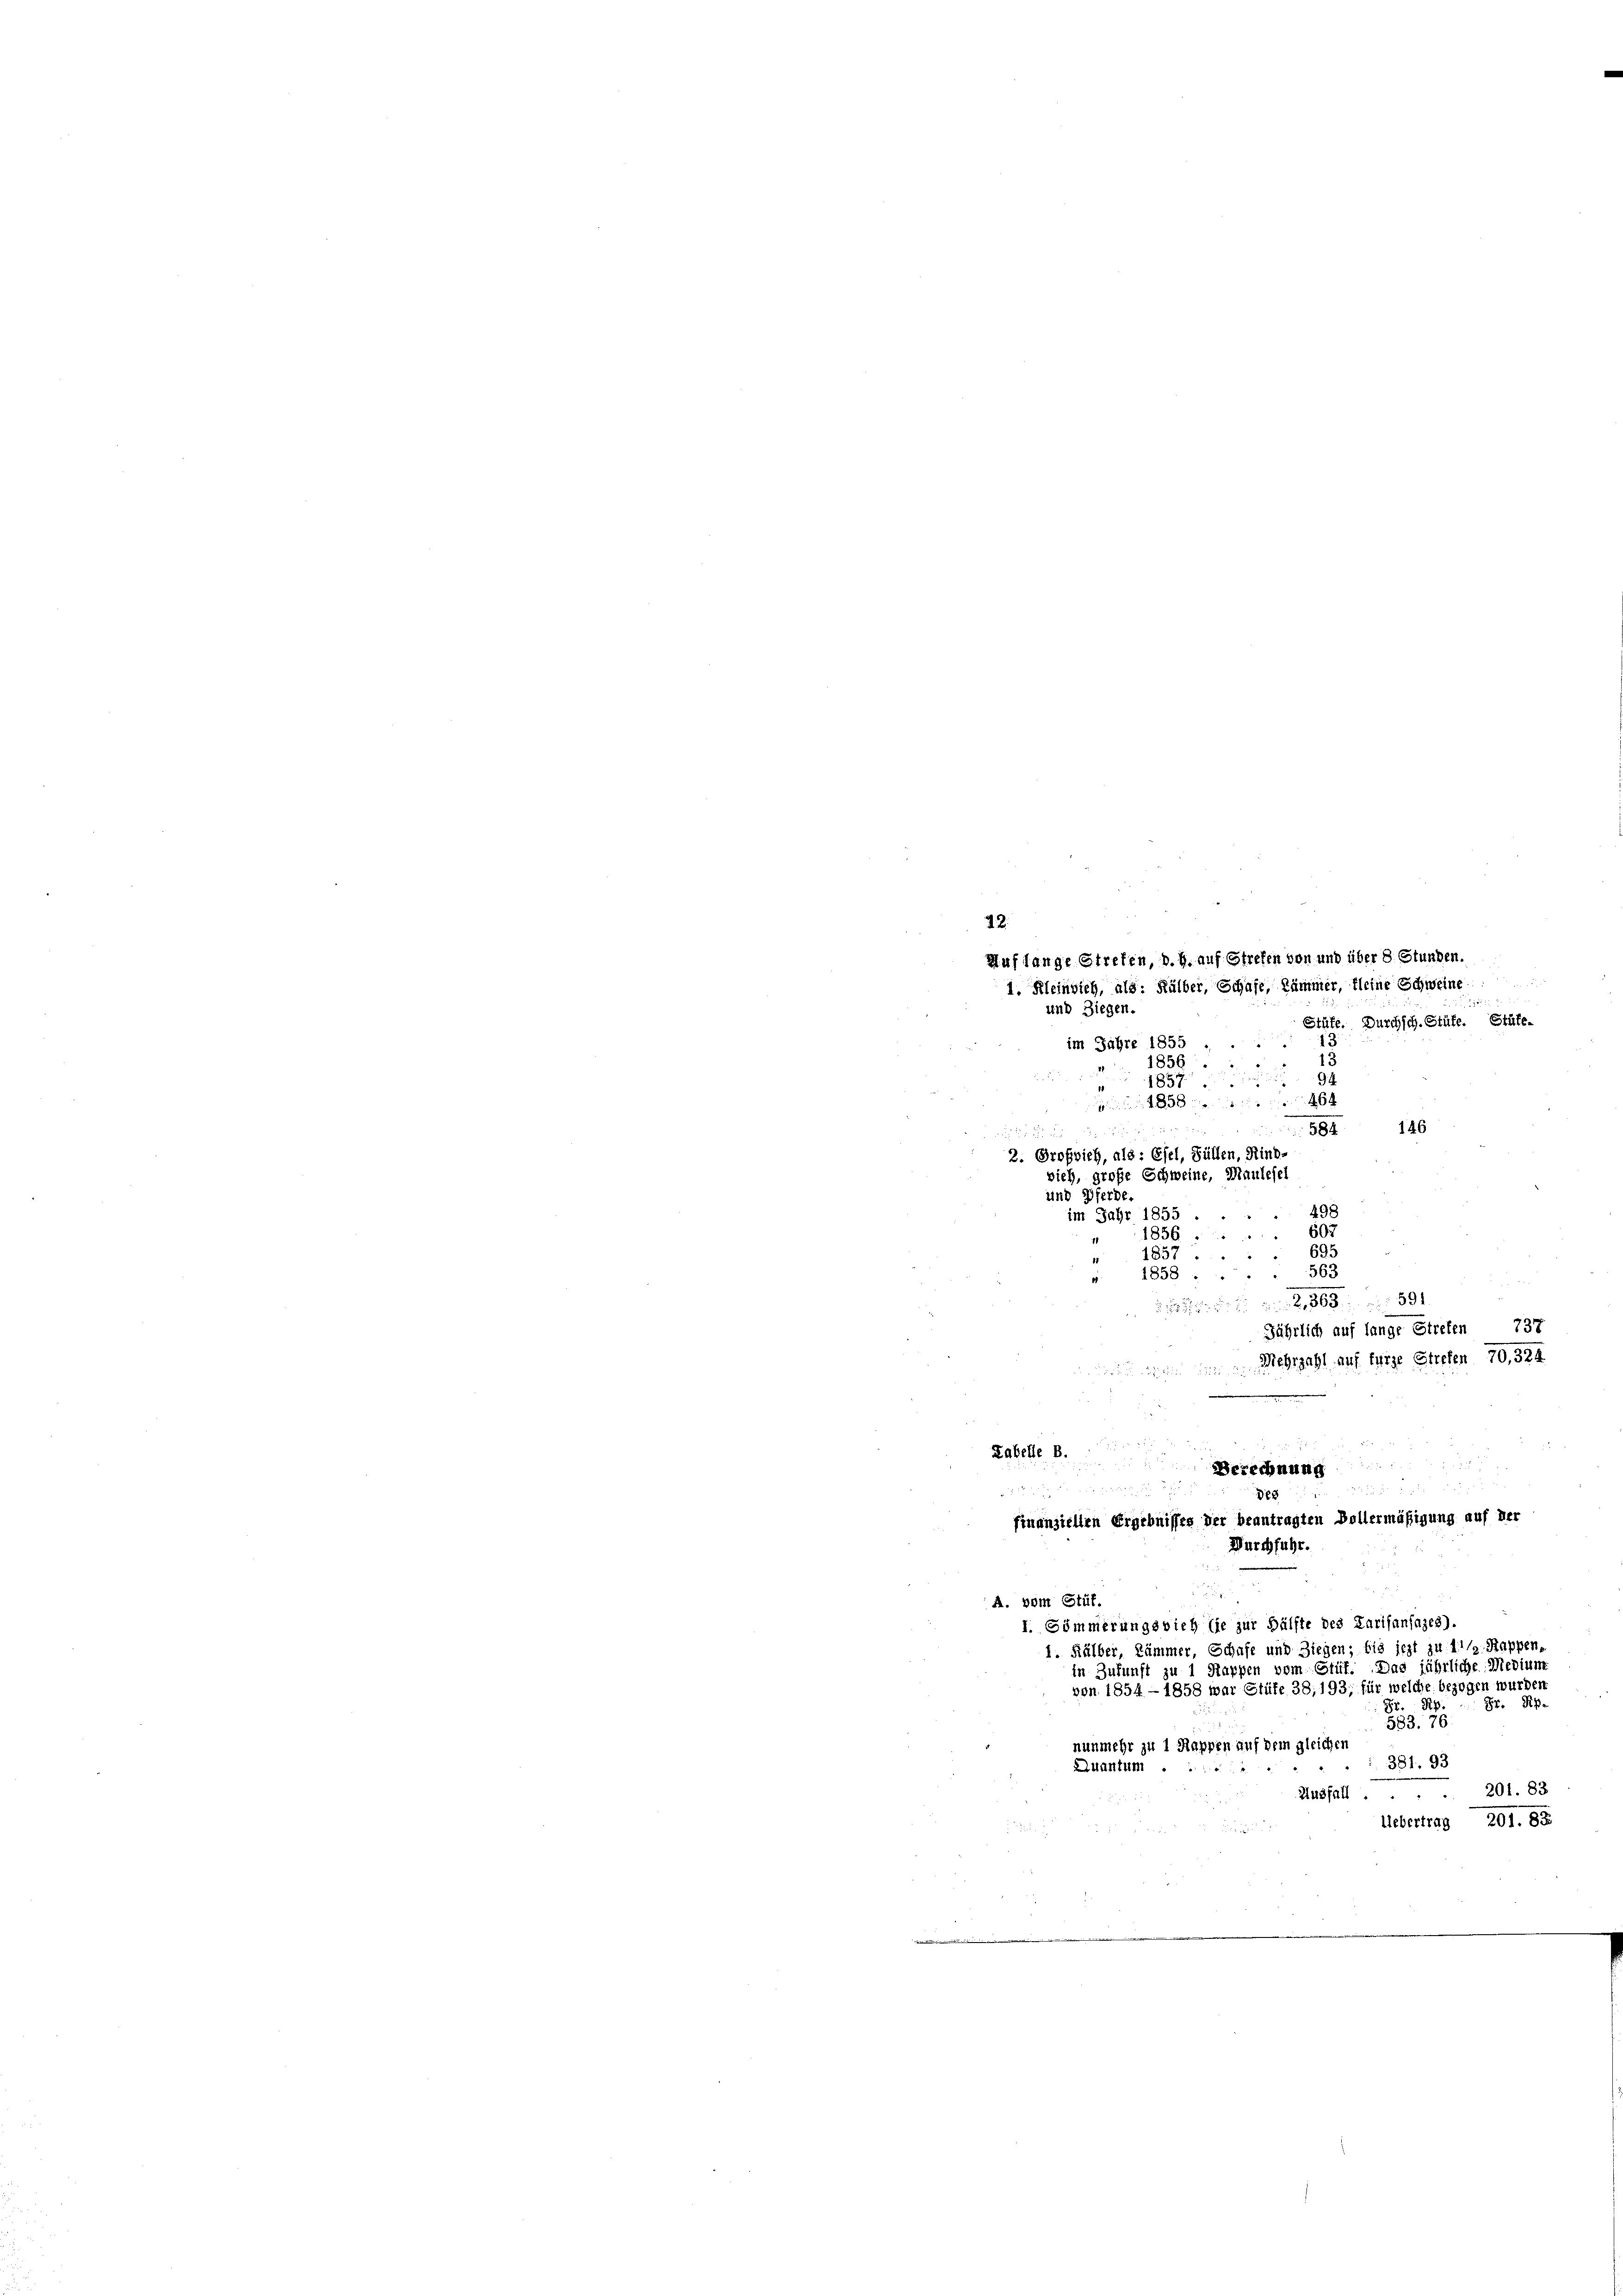
Auf lange strefen, d. h. auf Strefen von und über 8 Stunden.
1. Kleinsich, als: Kälber, Schafe, Kämmer, kleine Schweine
und Ziegen.
Stüfe. Durchsch. Stüte. Stüfe-
im Jahre 1855
1856
94
185
d
46 x
1858
146
584
2. Großvieh, als: Esel, Füllen, Rind-
vieh, große Schweine, Maulefel
und Pferde.
498
im Jahr 1855.
607
1856
695
1857
563
1858.
2, 363. 591

Jährlich auf lange Streten 737
Mehrzahl auf fürze Strefen 70,324.
.

42.

Kabelle B.

de
agten Bollermäßigung auf der
finanziellen Ergebnisses der bean
A. vom Stüf.
I. Sömmerungsvieh sie zur Hälfte des Karifansazes).
1. Kälber, Kämmer, Schafe und Ziegen; bis jezt zu 11/2. Rappen-
in Zukunft zu 1 Mappen vom Stüf. Das jährliche Medium
von 1854 - 1858 war Stüfe 38, 193, für welche bezogen wurden
Hr. Pipe
R
583. 76.
nunmehr zu 1 Rappen auf dem gleichen
381. 93
Quantum
201. 83
Ausfall.
Uebertrag 201. 83

2 x

Durchfuhr.

Berechnung